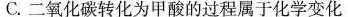
C.二氧化碳转化为甲酸的过程属于化学变化